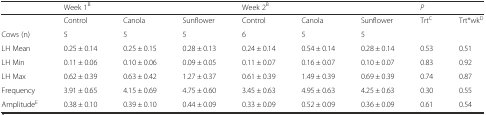
|  | <COLSPAN=3> Week 1B | <COLSPAN=3> Week 2B | <COLSPAN=2> P |
 | --- | --- | --- | --- | --- | --- | --- | --- | --- |
 |  | Control | Canola | Sunflower | Control | Canola | Sunflower | TrtC | Trt*wkD |
 | Cows (n) | 5 | 5 | 5 | 6 | 5 | 5 |  |  |
 | LH Mean | 0.25 ± 0.14 | 0.25 ± 0.15 | 0.28 ± 0.13 | 0.24 ± 0.14 | 0.54 ± 0.14 | 0.28 ± 0.14 | 0.53 | 0.51 |
 | LH Min | 0.11 ± 0.06 | 0.10 ± 0.06 | 0.09 ± 0.05 | 0.11 ± 0.07 | 0.16 ± 0.07 | 0.10 ± 0.07 | 0.83 | 0.92 |
 | LH Max | 0.62 ± 0.39 | 0.63 ± 0.42 | 1.27 ± 0.37 | 0.61 ± 0.39 | 1.49 ± 0.39 | 0.69 ± 0.39 | 0.74 | 0.87 |
 | Frequency | 3.91 ± 0.65 | 4.15 ± 0.69 | 4.75 ± 0.60 | 3.45 ± 0.63 | 4.95 ± 0.63 | 4.25 ± 0.63 | 0.30 | 0.55 |
 | AmplitudeE | 0.38 ± 0.10 | 0.39 ± 0.10 | 0.44 ± 0.09 | 0.33 ± 0.09 | 0.52 ± 0.09 | 0.36 ± 0.09 | 0.61 | 0.54 |